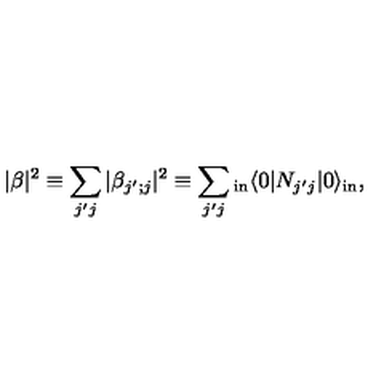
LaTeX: | \beta | ^ { 2 } \equiv \sum _ { j ^ { \prime } j } | \beta _ { j ^ { \prime } ; j } | ^ { 2 } \equiv \sum _ { j ^ { \prime } j } _ { \mathrm { \small i n } } \langle 0 | N _ { j ^ { \prime } j } | 0 \rangle _ { \mathrm { \small i n } } ,